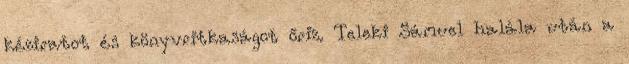
kéziratot és könyvritkaságot őriz. Teleki Sámuel halála után a